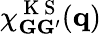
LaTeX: \chi_{\mathbf{G}\mathbf{G}^{\prime}}^{\mathrm{~K~S~}}(\mathbf{q})